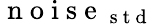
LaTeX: \mathrm{~n~o~i~s~e~}_{\mathrm{~s~t~d~}}